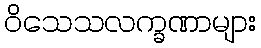
ဝိသေသလက္ခဏာများ